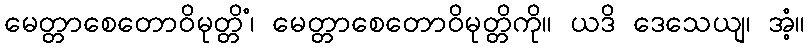
မေတ္တာစေတောဝိမုတ္တိံ၊ မေတ္တာစေတောဝိမုတ္တိကို။ ယဒိ ဒေသေယျ၊ အံ့။